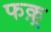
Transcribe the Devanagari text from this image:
फक़्र